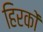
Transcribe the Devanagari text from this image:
हिरकों